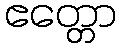
ဧတ္တော